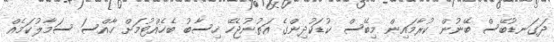
ދަގަނޑުބޭސް ބޭނުން ކުރާމައިން މިބޭސް ކުޑަކުދިންގެ އަތުނުޖެހޭ ހިސާބު ބެހެއްޓުމަށް ހާއްސަ ސަމާލުކަމެއް